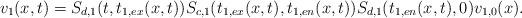
LaTeX: \begin{align*} v_1(x,t)=S_{d,1}(t,t_{1,ex}(x,t))S_{c,1}(t_{1,ex}(x,t),t_{1,en}(x,t))S_{d,1}(t_{1,en}(x,t),0)v_{1,0}(x).\end{align*}